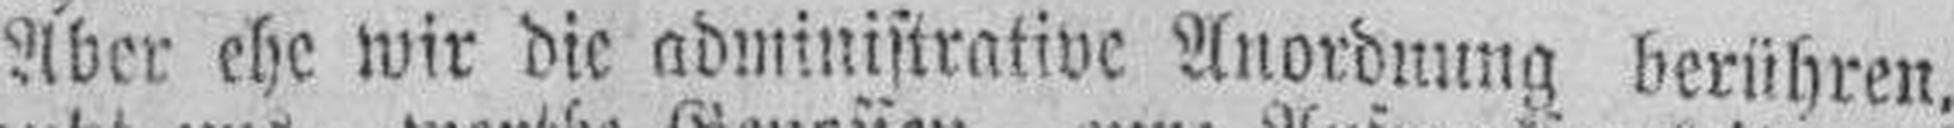
Aber ehe wir die administrative Anordnung berühren,